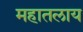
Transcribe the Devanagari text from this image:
महातलाय